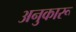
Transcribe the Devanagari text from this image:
अनुकारू